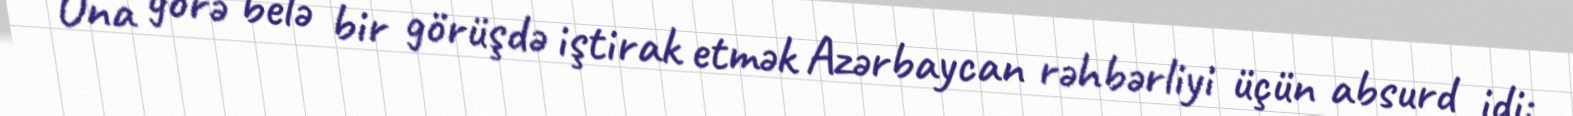
Ona görə belə bir görüşdə iştirak etmək Azərbaycan rəhbərliyi üçün absurd idi: